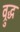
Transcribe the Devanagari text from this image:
व्रुद्ध